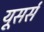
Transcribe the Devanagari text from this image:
यूसर्स